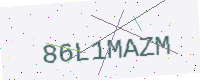
Text: 86L1MAZM